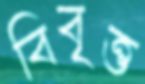
বিবৃত্ত